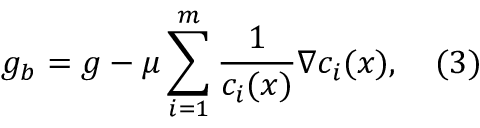
g _ { b } = g - \mu \sum _ { i = 1 } ^ { m } { \frac { 1 } { c _ { i } ( x ) } } \nabla c _ { i } ( x ) , \quad ( 3 )